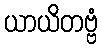
ယာယိတဗ္ဗံ